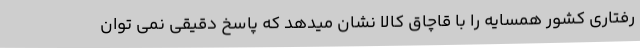
رفتاری کشور همسایه را با قاچاق کالا نشان میدهد که پاسخ دقیقی نمی توان